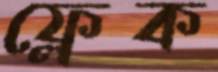
ফ্লেক